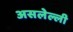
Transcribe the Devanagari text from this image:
असलेल्ली